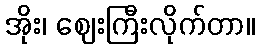
အိုး၊ ဈေးကြီးလိုက်တာ။